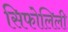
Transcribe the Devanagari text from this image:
सिफोलिली